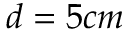
d = 5 c m